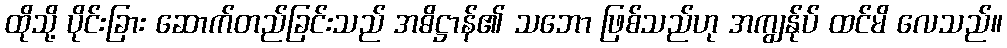
ထိုသို့ ပိုင်းခြား ဆောက်တည်ခြင်းသည် အဓိဋ္ဌာန်၏ သဘော ဖြစ်သည်ဟု အကျွန်ုပ် ထင်မိ လေသည်။